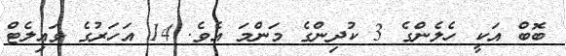
ބޮބް އަކީ ހެލެންގެ 3 ކުދިންގެ މަންމަ އެވެ. 14 އަހަރުގެ ވައިލެޓް